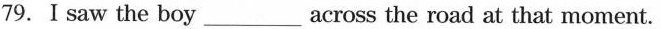
79.I saw the boy ___ across the road at that moment.